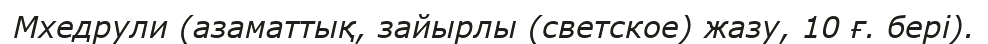
Мхедрули (азаматтық, зайырлы (светское) жазу, 10 ғ. бері).